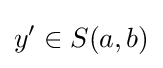
y'\in S(a,b)